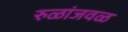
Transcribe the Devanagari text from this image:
रुळांजवळ